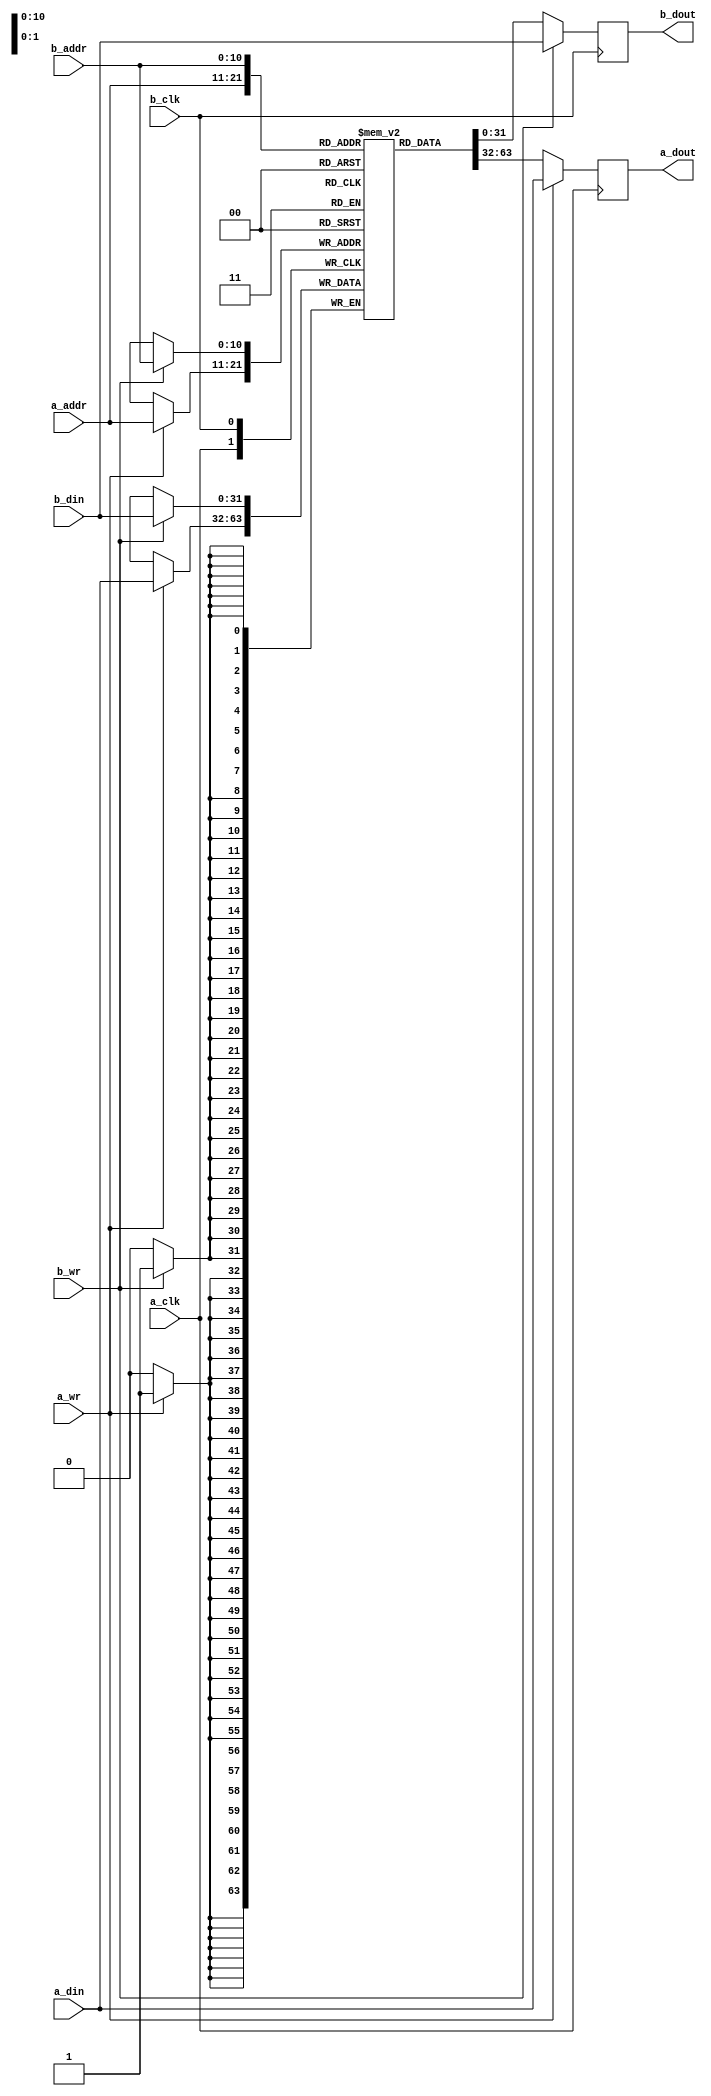
module vram #(parameter DATA = 32,
              parameter ADDR = 11)
             (input wire a_clk,
              input wire a_wr,
              input wire [ADDR-1:0] a_addr,
              input wire [DATA-1:0] a_din,
              output reg [DATA-1:0] a_dout,
              input wire b_clk,
              input wire b_wr,
              input wire [ADDR-1:0] b_addr,
              input wire [DATA-1:0] b_din,
              output reg [DATA-1:0] b_dout);
  localparam mem_size = 2048;
  // Shared memory
  reg [DATA-1:0] mem [mem_size-1:0];
  
  // Port A
  always @(posedge a_clk) begin
    a_dout <= mem[a_addr];
    if (a_wr) begin
      a_dout      <= a_din;
      mem[a_addr] <= a_din;
    end
  end
  
  // Port B
  always @(posedge b_clk) begin
    b_dout <= mem[b_addr];
    if (b_wr) begin
      b_dout      <= b_din;
      mem[b_addr] <= b_din;
    end
  end
endmodule